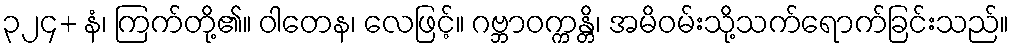
၃၂၄+ နံ၊ ကြက်တို့၏။ ဝါတေန၊ လေဖြင့်။ ဂဗ္ဘာဝက္ကန္တိ၊ အမိဝမ်းသို့သက်ရောက်ခြင်းသည်။